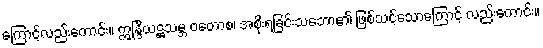
ကြောင့်လည်းကောင်း။ ဣန္ဒြိယဋ္ဌသမ္ဘ ဝတောစ၊ အစိုးရခြင်းသဘော၏ ဖြစ်သင့်သောကြောင့် လည်းကောင်း။